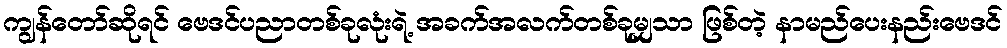
ကျွန်တော်ဆိုရင် ဗေဒင်ပညာတစ်ခုလုံးရဲ့ အခက်အလက်တစ်ခုမျှသာ ဖြစ်တဲ့ နာမည်ပေးနည်းဗေဒင်